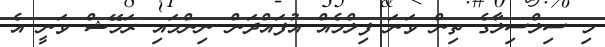
މި ސިލްސިލާގެ ތިން ވަނަ ފިލްމެއް އުފައްދަން ނިންމައި ރަމޭޝް ވަނީ އެ